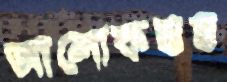
আলোকস্তম্ভ